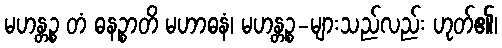
မဟန္တဉ္စ တံ ဓနဉ္စာတိ မဟာဓနံ၊ မဟန္တဉ္စ-များသည်လည်း ဟုတ်၏၊